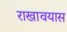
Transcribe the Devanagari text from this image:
राखावयास